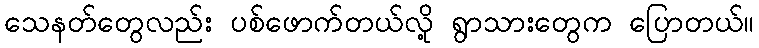
သေနတ်တွေလည်း ပစ်ဖောက်တယ်လို့ ရွာသားတွေက ပြောတယ်။